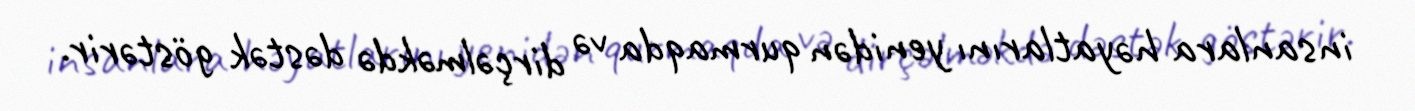
insanlara həyatlarını yenidən qurmaqda və dirçəlməkdə dəstək göstərir.